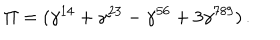
\Pi = ( \gamma ^ { 1 4 } + \gamma ^ { 2 3 } - \gamma ^ { 5 6 } + 3 \gamma ^ { 7 8 9 } ) \, .